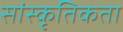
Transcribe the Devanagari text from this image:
सांस्कृतिकता